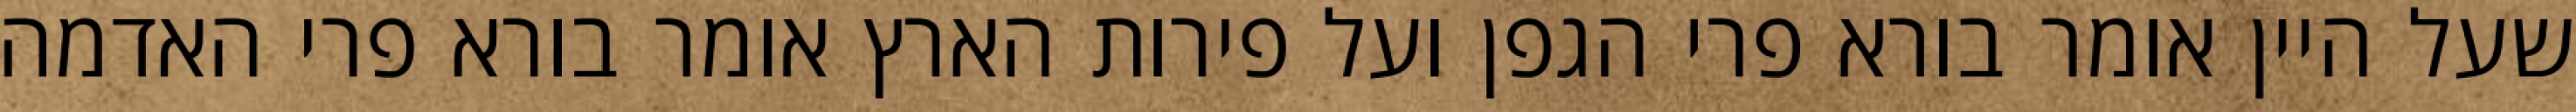
שעל היין אומר בורא פרי הגפן ועל פירות הארץ אומר בורא פרי האדמה